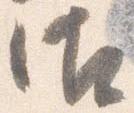
御